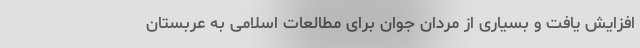
افزایش یافت و بسیاری از مردان جوان برای مطالعات اسلامی به عربستان